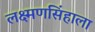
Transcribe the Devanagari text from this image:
लक्ष्मणसिंहाला